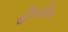
હીનરીચ